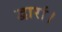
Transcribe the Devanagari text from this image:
द्वारां।